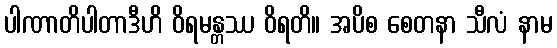
ပါဏာတိပါတာဒီဟိ ဝိရမန္တဿ ဝိရတိ။ အပိစ စေတနာ သီလံ နာမ